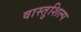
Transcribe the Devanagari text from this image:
वास्‍तुशिल्प